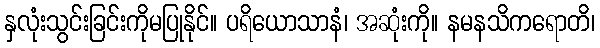
နှလုံးသွင်းခြင်းကိုမပြုနိုင်။ ပရိယောသာနံ၊ အဆုံးကို။ နမနသိကရောတိ၊